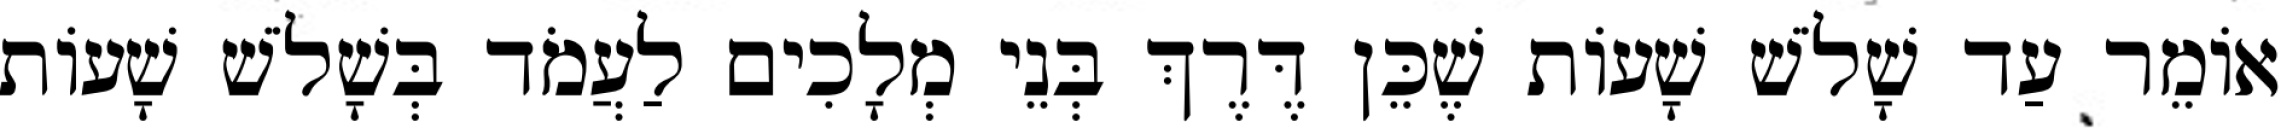
אוֹמֵר עַד שָׁלֹשׁ שָׁעוֹת שֶׁכֵּן דֶּרֶךְ בְּנֵי מְלָכִים לַעֲמֹד בְּשָׁלֹשׁ שָׁעוֹת